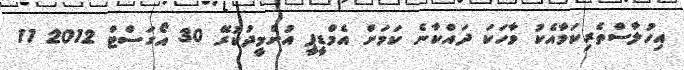
އިހުލާސްތެރިކަމާއެކު ވާހަކަ ދައްކާނެ ކަމަށް އެމްޑީޕީ އުންމީދުކުރޭ 30 އޯގަސްޓް 2012 11